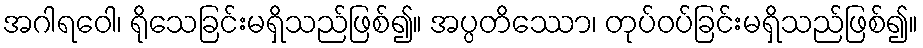
အဂါရဝေါ၊ ရိုသေခြင်းမရှိသည်ဖြစ်၍။ အပ္ပတိဿော၊ တုပ်ဝပ်ခြင်းမရှိသည်ဖြစ်၍။